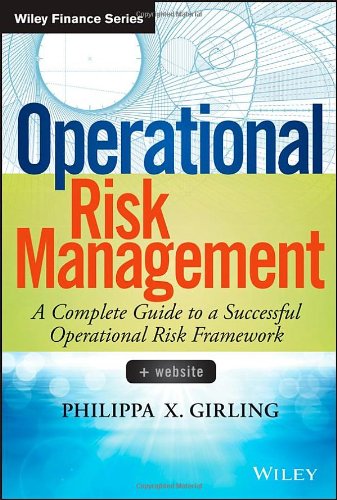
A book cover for Operational Risk Management: A Complete Guide to a Successful Operational Risk Framework; Philippa X. Girling; Business & Money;